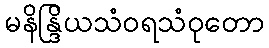
မနိန္ဒြိယသံဝရသံဝုတော